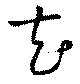
芲